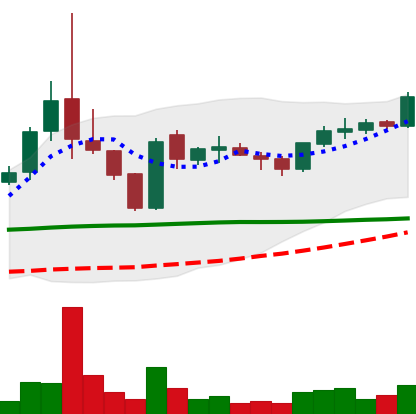
Ticker: TRX-USD
Chart end date: 2019-01-26
Forward return: -11.267%
Label: down_7plus